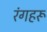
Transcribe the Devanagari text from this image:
रंगहरू